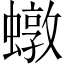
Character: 𧑒